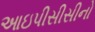
આઇપીસીસીનો